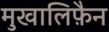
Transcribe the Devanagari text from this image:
मुखालिफ़ैन